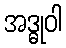
အဒ္ဓုဝါ